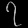
Digit: ၇